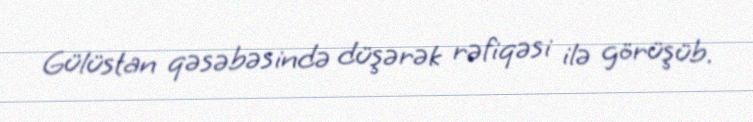
Gülüstan qəsəbəsində düşərək rəfiqəsi ilə görüşüb.